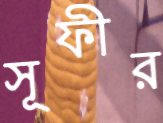
সূফীর